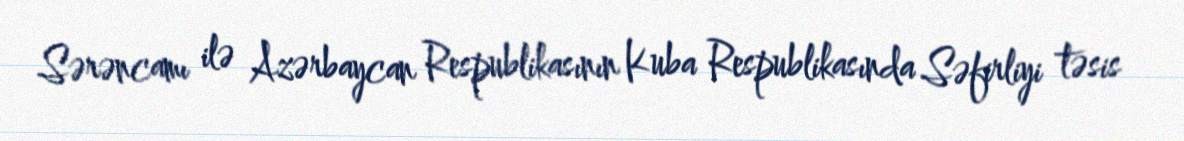
Sərəncamı ilə Azərbaycan Respublikasının Kuba Respublikasında Səfirliyi təsis